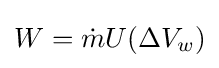
W={\dot {m}}U(\Delta V_{w})